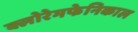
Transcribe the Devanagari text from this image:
क्लोरेमफेनिकाल